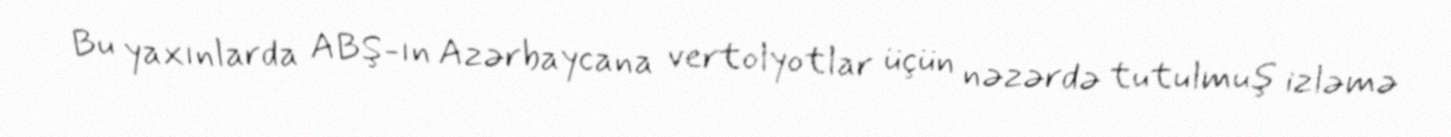
Bu yaxınlarda ABŞ-ın Azərbaycana vertolyotlar üçün nəzərdə tutulmuş izləmə